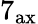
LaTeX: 7_{\mathrm{ax}}